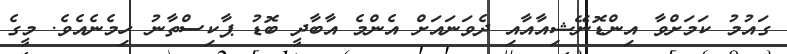
ގައުމު ކަމަށްވާ އިންޑޮނޭޝިއާއާއި ދެވަނައަށް އެންމެ އާބާދީ ބޮޑު ޕާކިސްތާނު ހިމެނެއެވެ. މީގެ